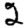
Digit: 2